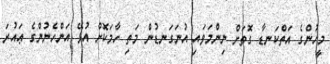
މީހުންގެ އަތްކަނޑާ ގޮތަށް ނިންމަވައި އުނަގަނޑުން މަތި ހާމަކޮށް އުޅޭ އަންހެނުންގެ ޢައުރަ